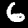
Digit: 6